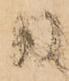
日